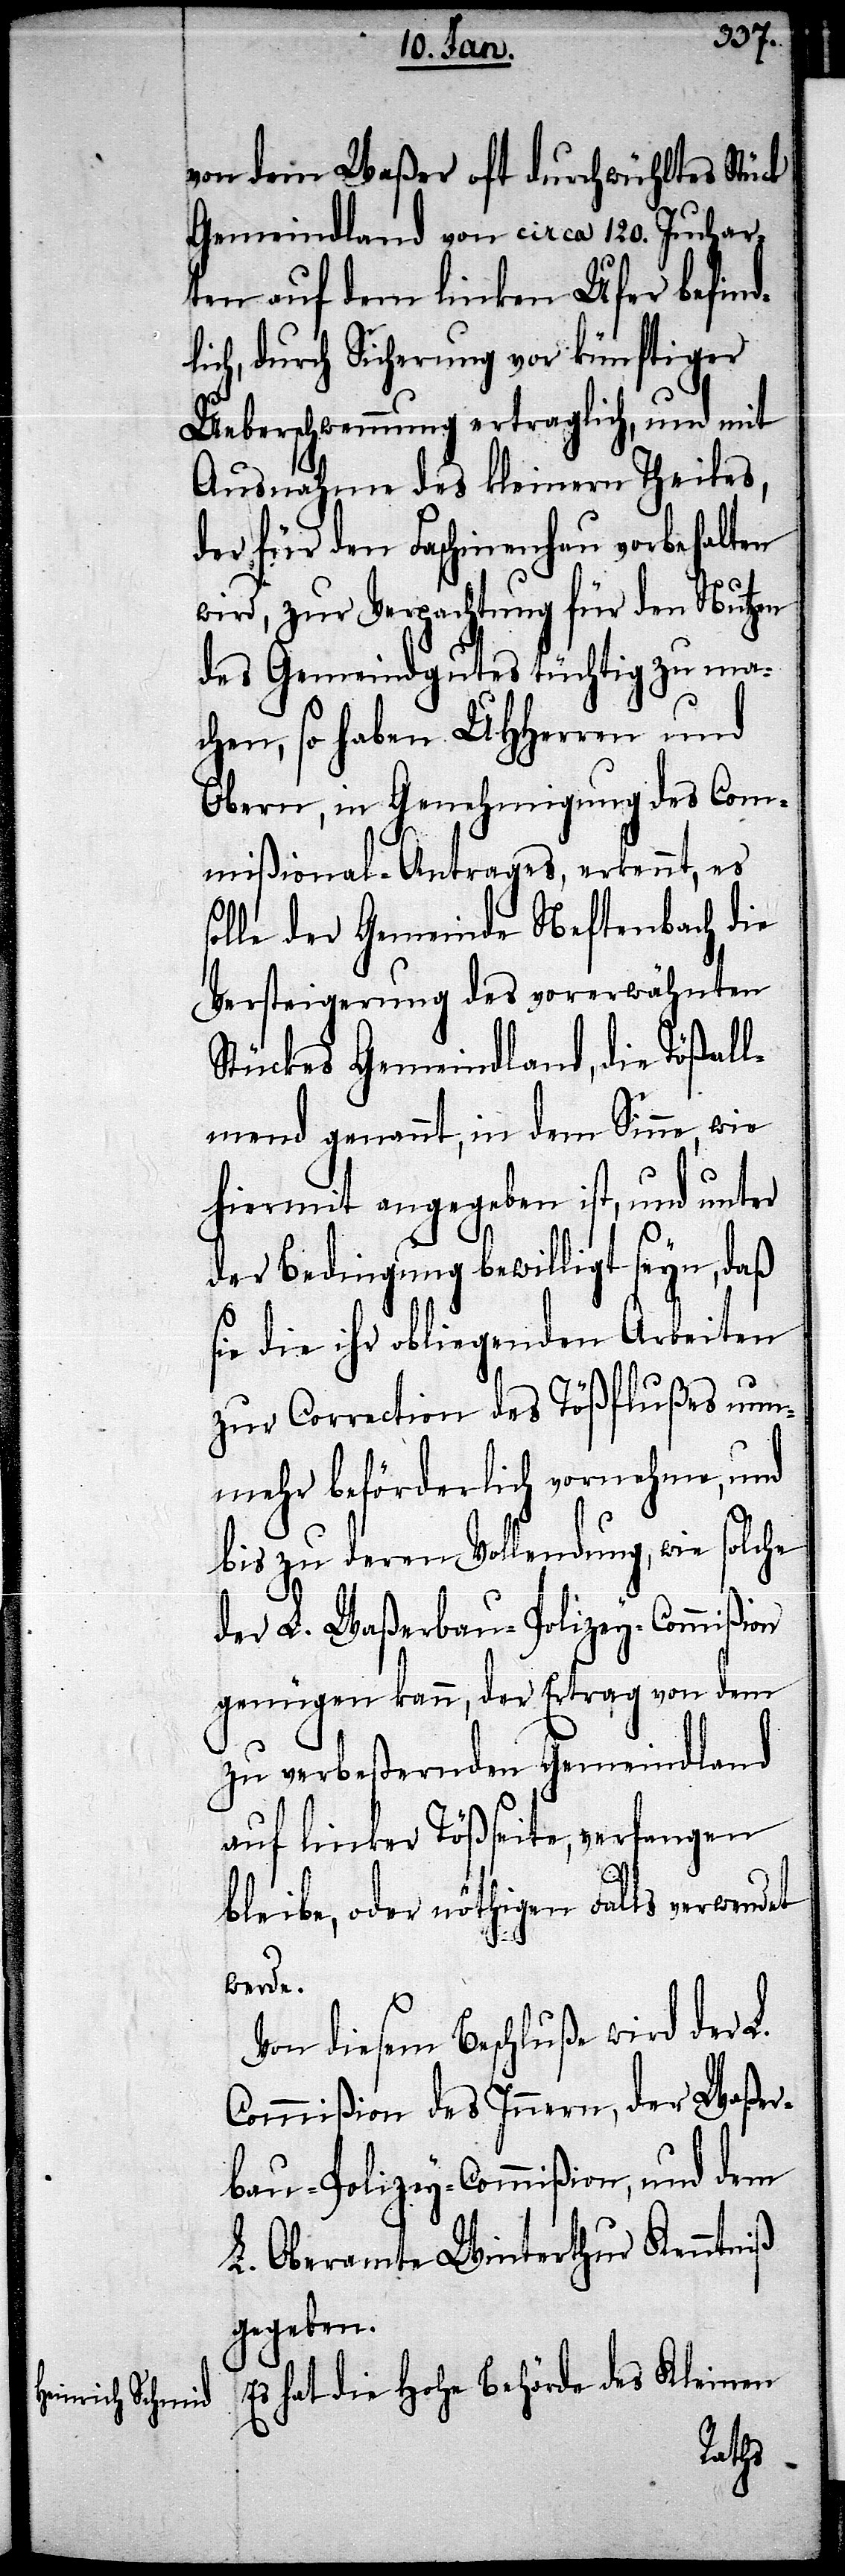
von dem Waßer oft durchwühltes Stück
Gemeindland von circa 120. Juchar¬
ten auf dem linken Ufer befind¬
lich, durch Sicherung vor künftiger
Ueberschwemmung ertraglich, und mit
Ausnahme des kleinern Theiles,
der für den Faschinenhau vorbehalten
wird, zur Verpachtung für den Nutzen
des Gemeindgutes tüchtig zu ma¬
chen, so haben UHHerren und
Obern, in Genehmigung des Com¬
mißional-Antrages, erkennt, es
solle der Gemeinde Neftenbach die
Versteigerung des vorerwähnten
Stückes Gemeindland, die Tößall¬
mend genannt, in dem Sinne, wie
hiermit angegeben ist, und unter
der Bedingung bewilligt seyn, daß
sie die ihr obliegenden Arbeiten
zur Correction des Tößflußes nun¬
mehr beförderlich vernehme, und
bis zu deren Vollendung, wie solche
der L. Waßerbau-Polizey-Commißion
genügen kann, der Ertrag von dem
zu verbessernden Gemeindland
auf linker Tößseite, verfangen
bleibe, oder nöthigen Falls verwendet
werde.
Von diesem Beschluße wird der L.
Commißion des Innern, der Waßer¬
bau-Polizey-Commißion, und dem
L. Oberamte Winterthur Kenntniß
gegeben.
Es hat die Hohe Behörde des Kleinen